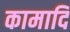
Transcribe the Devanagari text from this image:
कामादि